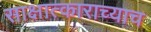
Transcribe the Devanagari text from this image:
साक्षात्काराच्याच